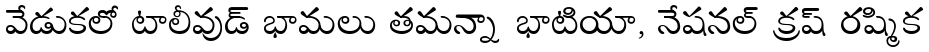
వేడుకలో టాలీవుడ్ భామలు తమన్నా భాటియా, నేషనల్ క్రష్ రష్మిక